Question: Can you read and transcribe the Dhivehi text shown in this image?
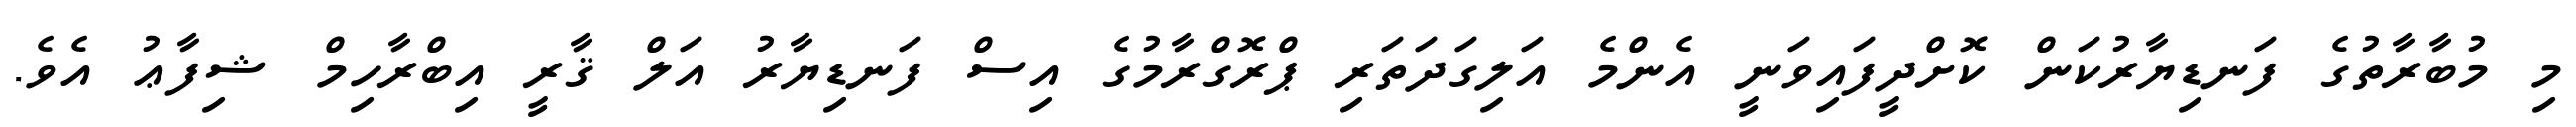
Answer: މި މުބާރާތުގެ ފަނޑިޔާރުކަން ކޮށްދީފައިވަނީ އެންމެ އަލިގަދަތަރި ޕްރޮގްރާމުގެ އިސް ފަނޑިޔާރު އަލް ޤާރީ އިބްރާހިމް ޝިފާޢު އެވެ.